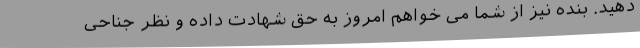
دهید. بنده نیز از شما می خواهم امروز به حق شهادت داده و نظر جناحی